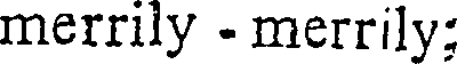
merrily - merrily: